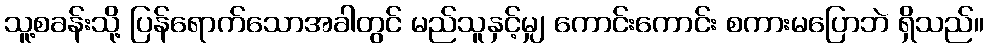
သူ့စခန်းသို့ ပြန်ရောက်သောအခါတွင် မည်သူနှင့်မျှ ကောင်းကောင်း စကားမပြောဘဲ ရှိသည်။